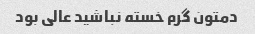
دمتون گرم خسته نباشید عالی بود